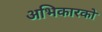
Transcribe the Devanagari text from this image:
अभिकारको